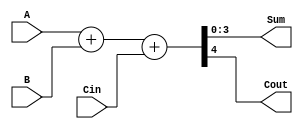
module Adder(
    input [3:0] A,
    input [3:0] B,
    input Cin,
    output [3:0] Sum,
    output Cout
);
    wire [4:0] full_sum;
    assign full_sum = A + B + Cin;
    assign Sum = full_sum[3:0];
    assign Cout = full_sum[4];
endmodule